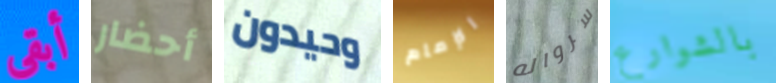
أبقى أحضار وحيدون الإمام سرواله بالشوارع